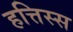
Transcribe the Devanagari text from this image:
हत्तिस्स